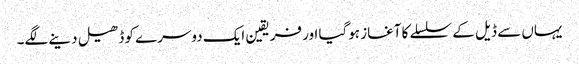
یہاں سے ڈیل کے سلسلے کا آغاز ہوگیا اور فریقین ایک دوسرے کو ڈھیل دینے لگے۔